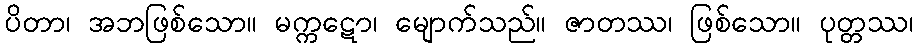
ပိတာ၊ အဘဖြစ်သော။ မက္ကဋော၊ မျောက်သည်။ ဇာတဿ၊ ဖြစ်သော။ ပုတ္တဿ၊